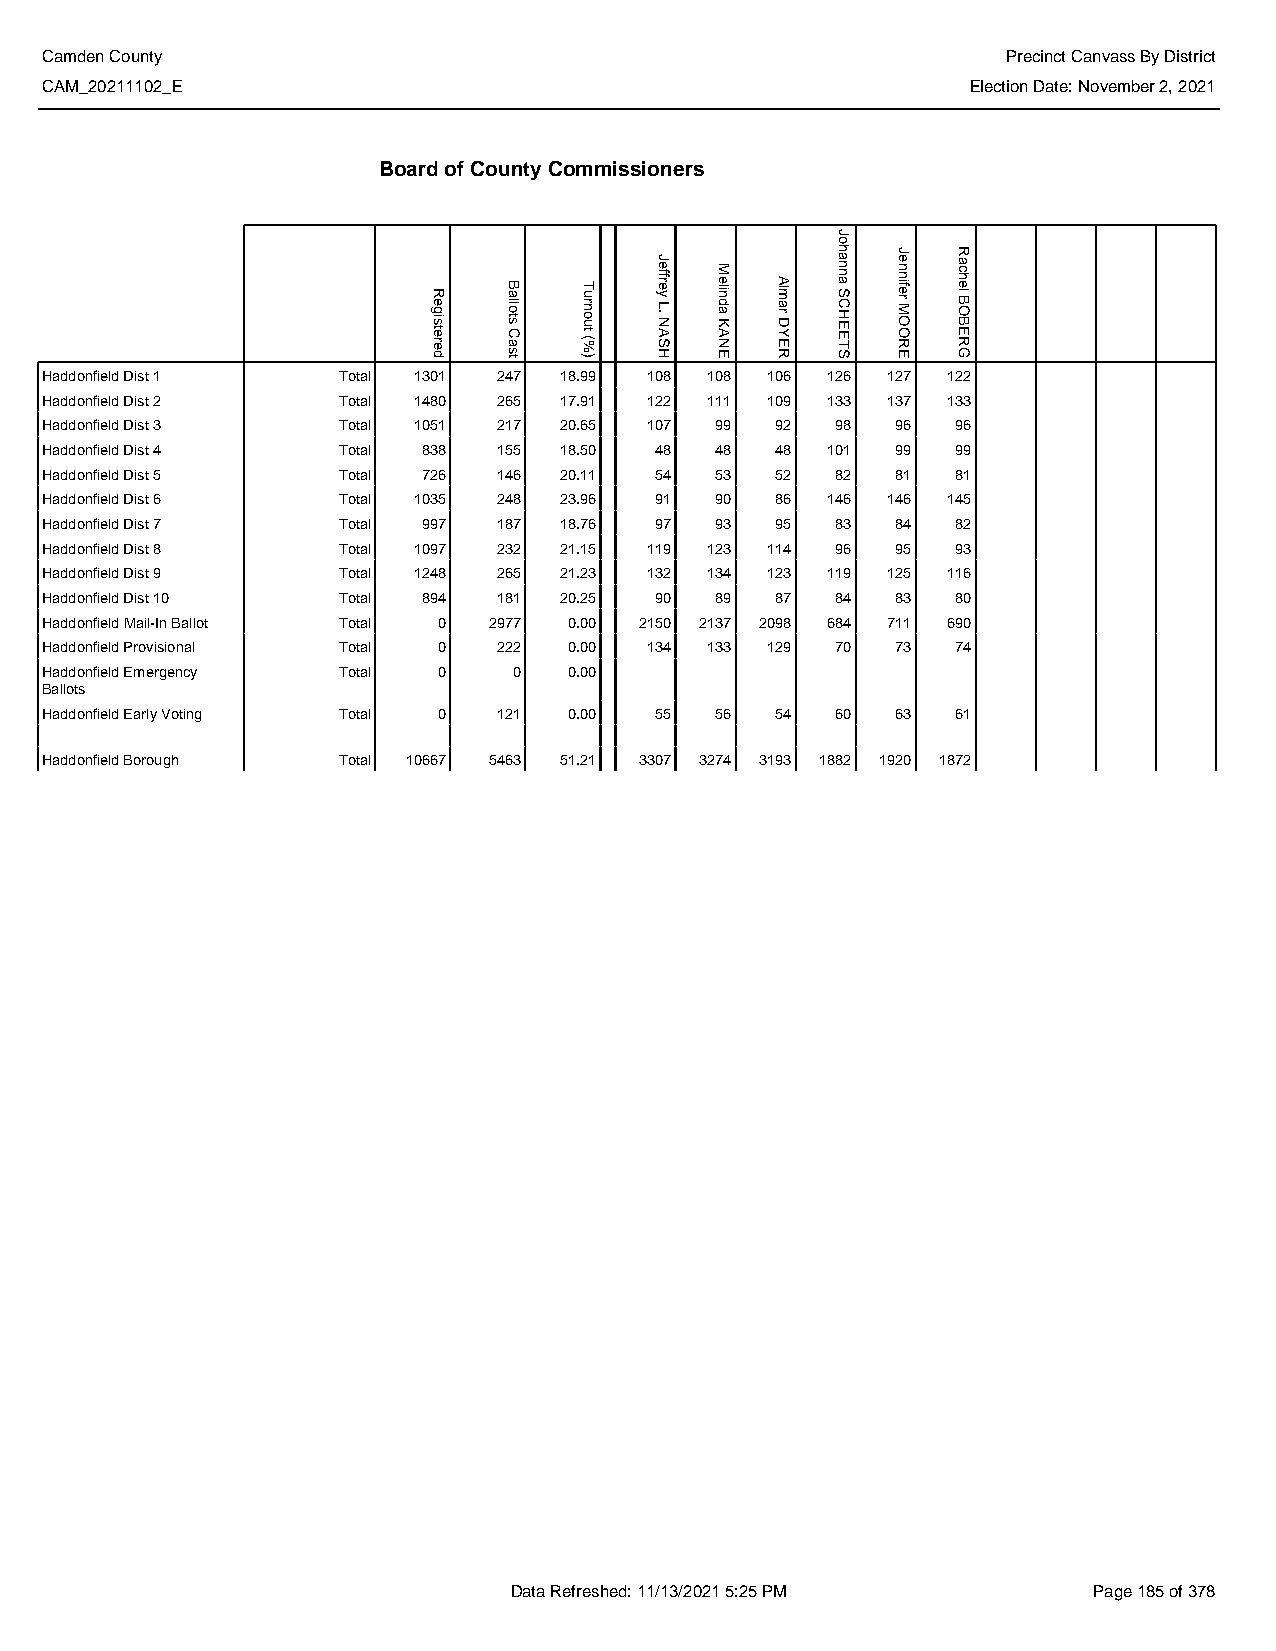
Camden County                                                   Precinct Canvass By District
 CAM_20211102_E                                               Election Date: November 2, 2021
 Board of County Commissioners
 Haddonfield Dist 1 Total 1301 247 18.99 108 108 106 126 127 122
 Haddonfield Dist 2 Total 1480 265 17.91 122 111 109 133 137 133
 Haddonfield Dist 3 Total 1051 217 20.65 107 99  92  98  96  96
 Haddonfield Dist 4 Total 838  155 18.50 48  48  48  101 99  99
 Haddonfield Dist 5 Total 726  146 20.11 54  53  52  82  81  81
 Haddonfield Dist 6 Total 1035 248 23.96 91  90  86  146 146 145
 Haddonfield Dist 7 Total 997  187 18.76 97  93  95  83  84  82
 Haddonfield Dist 8 Total 1097 232 21.15 119 123 114 96  95  93
 Haddonfield Dist 9 Total 1248 265 21.23 132 134 123 119 125 116
 Haddonfield Dist 10 Total 894 181 20.25 90  89  87  84  83  80
 Haddonfield Mail-In Ballot Total 0 2977 0.00 2150 2137 2098 684 711 690
 Haddonfield Provisional Total 0 222 0.00 134 133 129 70 73  74
 Haddonfield Emergency Total 0  0   0.00
 Ballots
 Haddonfield Early Voting Total 0 121 0.00 55 56 54  60  63  61
 Haddonfield Borough Total 10667 5463 51.21 3307 3274 3193 1882 1920 1872
 Data Refreshed: 11/13/2021 5:25 PM    Page 185 of 378
 Registered
 Ballots
 Cast
 Turnout
 (%)
 Jeffrey
 L.
 NASH
 Melinda
 KANE
 Almar
 DYER
 Johanna
 SCHEETS
 Jennifer
 MOORE
 Rachel
 BOBERG